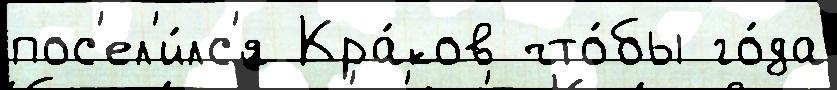
пос'ел'и́лс'я Кра́ков что́бы го́да